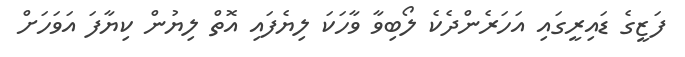
ފަޒީގެ ޑައިރީގައި އަހަރެންދެކެ ލޯބިވާ ވާހަކަ ލިޔެފައި އޮތް ލިޔުން ކިޔާފަ އަވަހަށް